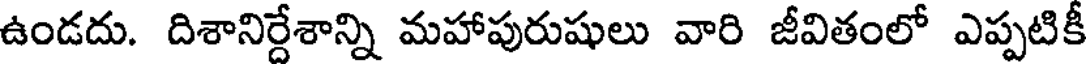
ఉండదు. దిశానిర్దేశాన్ని మహాపురుషులు వారి జీవితంలో ఎప్పటికీ